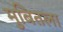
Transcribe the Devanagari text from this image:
मुबितला